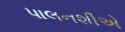
પાલનશીએ